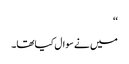
‘‘
میں نے سوال کیاتھا۔